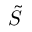
\tilde { S }